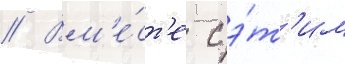
// Вм'е́ст'е с э́т'им